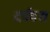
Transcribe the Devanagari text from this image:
दर्पवश